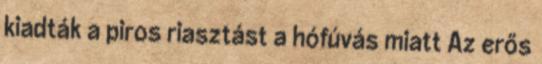
kiadták a piros riasztást a hófúvás miatt Az erős